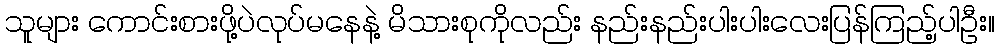
သူများ ကောင်းစားဖို့ပဲလုပ်မနေနဲ့ မိသားစုကိုလည်း နည်းနည်းပါးပါးလေးပြန်ကြည့်ပါဦး။